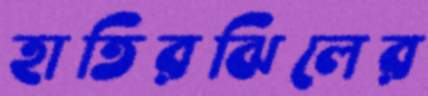
হাতিরঝিলের